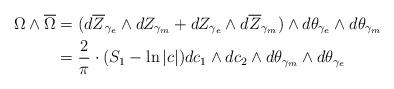
LaTeX: \begin{align*}\Omega \wedge \overline{\Omega} & = ( d\overline{Z}_{\gamma_e} \wedge d Z_{\gamma_m} + d Z_{\gamma_e} \wedge d \overline{Z}_{\gamma_m} ) \wedge d\theta_{\gamma_e} \wedge d\theta_{\gamma_m} \\& = \frac{2}{\pi} \cdot (S_1 - \ln |c|) dc_1 \wedge dc_2 \wedge d\theta_{\gamma_m} \wedge d\theta_{\gamma_e}\end{align*}